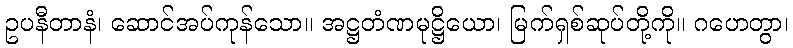
ဥပနီတာနံ၊ ဆောင်အပ်ကုန်သော။ အဋ္ဌတံဏမုဋ္ဌိယော၊ မြက်ရှစ်ဆုပ်တို့ကို။ ဂဟေတွာ၊